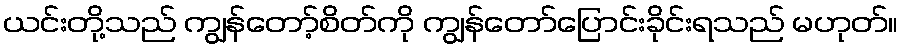
ယင်းတို့သည် ကျွန်တော့်စိတ်ကို ကျွန်တော်ပြောင်းခိုင်းရသည် မဟုတ်။